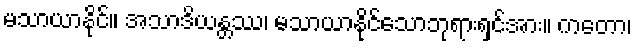
မသာယာနိုင်။ အသာဒိယန္တဿ၊ မသာယာနိုင်သောဘုရားရှင်အား။ ကတော၊